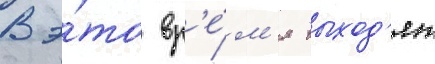
В э́то вр'е́м'я выход'ят